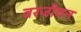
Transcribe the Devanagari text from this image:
वरजीवन